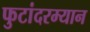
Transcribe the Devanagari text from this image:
फुटांदरम्यान